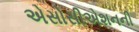
એસોસીએશનની